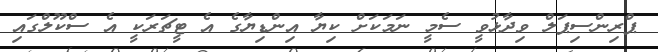
ޕްރިންސިޕަލް ވިދާޅުވީ ސެމީ ނަމަކަށް ކިޔާ އިންޑިޔާގެ އެ ޓީޗަރަކީ އެ ސްކޫލްގައި